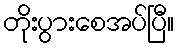
တိုးပွားစေအပ်ပြီ။